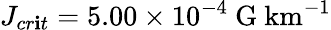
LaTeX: J_{cr\mathbf{i}t}=5.00\times10^{-4}\ \mathrm{{G\ km^{-1}}}